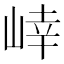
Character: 𭖩